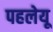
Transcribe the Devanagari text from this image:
पहलेयू